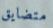
متضايق